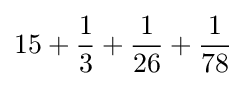
15+{\frac {1}{3}}+{\frac {1}{26}}+{\frac {1}{78}}